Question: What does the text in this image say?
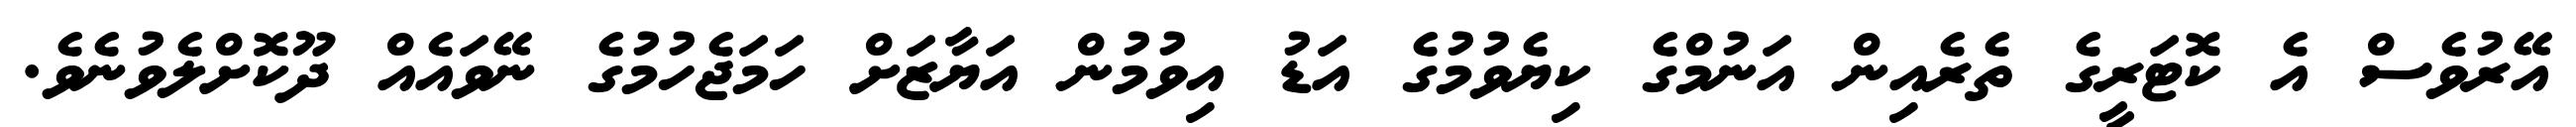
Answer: އޭރުވެސް އެ ކޮޓަރީގެ ތެރެއިން އަނުމްގެ ކިޔެވުމުގެ އަޑު އިވުމުން އަޔާޒަށް ހަމަޖެހުމުގެ ނޭވައެއް ދޫކޮށްލެވުނެވެ.